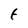
Character: t